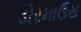
ડોરમાઉસ